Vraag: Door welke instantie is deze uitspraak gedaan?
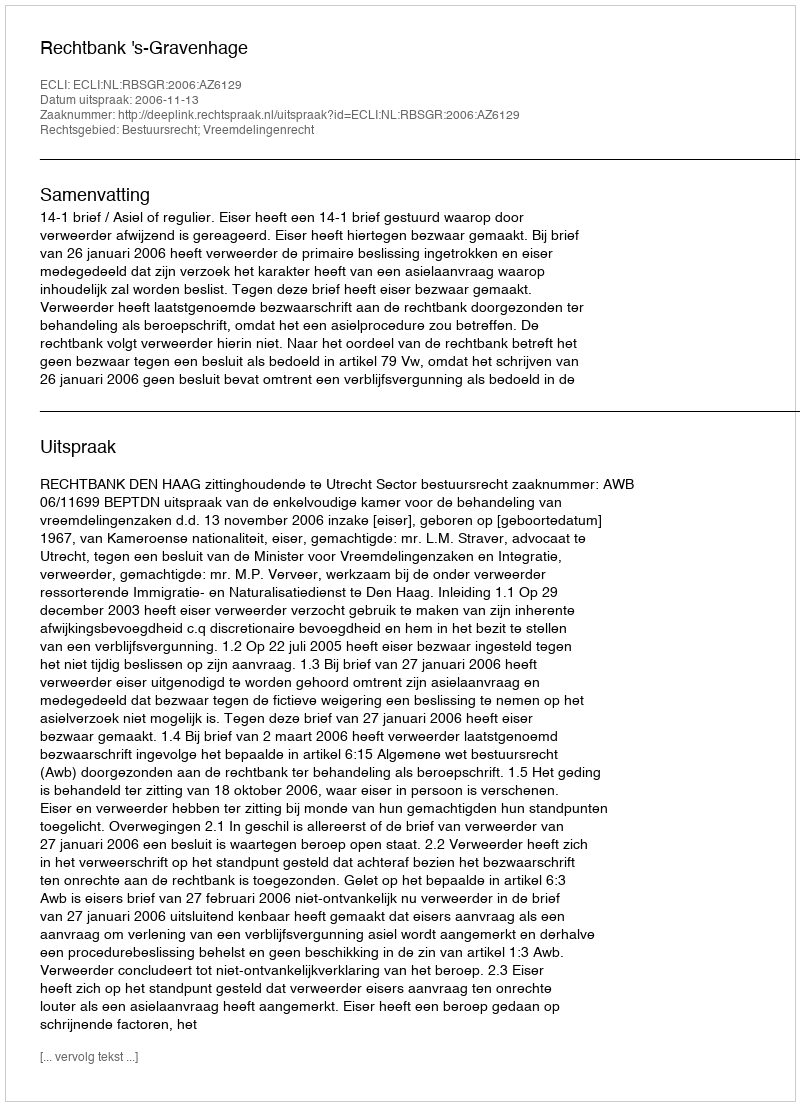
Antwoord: Rechtbank 's-Gravenhage